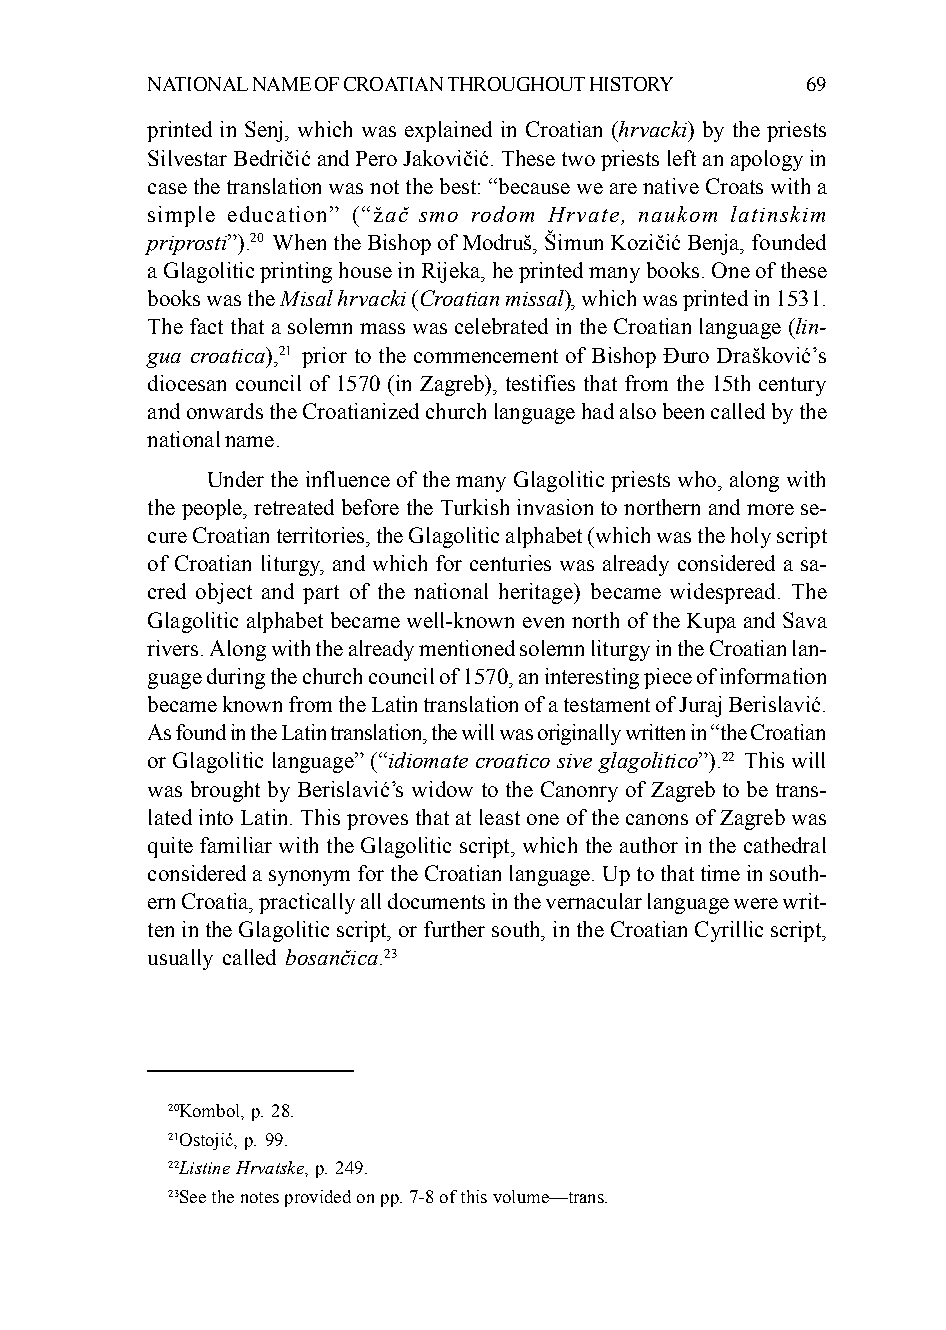
NATIONAL NAME OF CROATIAN THROUGHOUT HISTORY 69
 printed in Senj, which was explained in Croatian (hrvacki) by the priests
 Silvestar Bedričić and Pero Jakovičić. These two priests left an apology in
 case the translation was not the best: “because we are native Croats with a
 simple education” (“žač smo rodom Hrvate, naukom latinskim
 priprosti”).20 When the Bishop of Modruš, Šimun Kozičić Benja, founded
 a Glagolitic printing house in Rijeka, he printed many books. One of these
 books was the Misal hrvacki (Croatian missal), which was printed in 1531.
 The fact that a solemn mass was celebrated in the Croatian language (lin-
 gua croatica),21 prior to the commencement of Bishop Đuro Drašković’s
 diocesan council of 1570 (in Zagreb), testifies that from the 15th century
 and onwards the Croatianized church language had also been called by the
 national name.
 Under the influence of the many Glagolitic priests who, along with
 the people, retreated before the Turkish invasion to northern and more se-
 cure Croatian territories, the Glagolitic alphabet (which was the holy script
 of Croatian liturgy, and which for centuries was already considered a sa-
 cred object and part of the national heritage) became widespread. The
 Glagolitic alphabet became well-known even north of the Kupa and Sava
 rivers. Along with the already mentioned solemn liturgy in the Croatian lan-
 guage during the church council of 1570, an interesting piece of information
 became known from the Latin translation of a testament of Juraj Berislavić.
 As found in the Latin translation, the will was originally written in “the Croatian
 or Glagolitic language” (“idiomate croatico sive glagolitico”).22 This will
 was brought by Berislavić’s widow to the Canonry of Zagreb to be trans-
 lated into Latin. This proves that at least one of the canons of Zagreb was
 quite familiar with the Glagolitic script, which the author in the cathedral
 considered a synonym for the Croatian language. Up to that time in south-
 ern Croatia, practically all documents in the vernacular language were writ-
 ten in the Glagolitic script, or further south, in the Croatian Cyrillic script,
 usually called bosančica.23
 20Kombol, p. 28.
 21Ostojić, p. 99.
 22Listine Hrvatske, p. 249.
 23See the notes provided on pp. 7-8 of this volume—trans.